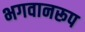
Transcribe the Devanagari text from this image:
भगवानरूप